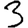
Digit: 3